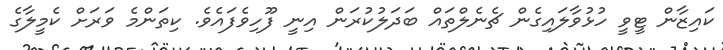
ކައިޒާން ޓީވީ ހުޅުވާލައިގެން ޗެނެލްތައް ބަދަލުކުރަން އިނީ ފޫހިވެފައެވެ. ކިތަންމެ ވަރަށް ކެމީލާގެ